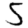
Digit: 5